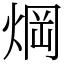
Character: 焵